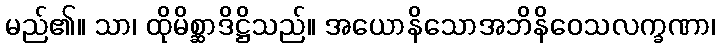
မည်၏။ သာ၊ ထိုမိစ္ဆာဒိဋ္ဌိသည်။ အယောနိသောအဘိနိဝေသလက္ခဏာ၊